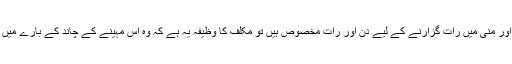
(۳۷۱) چونکہ حج کے بعض اعمال مثلا وقوف عرفات و مشعر، رمی جمرات اور منی میں رات گزارنے کے لیے دن اور رات مخصوص ہیں تو مکلف کا وظیفہ یہ ہے کہ وہ اس مہینے کے چاند کے بارے میں تحقیق کرے تاکہ اعمال حج کو ان کے مخصوص دن یا رات میں ادا کر سکے۔